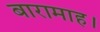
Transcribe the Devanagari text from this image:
बारामाह।